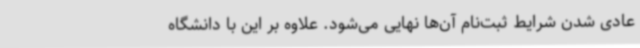
عادی شدن شرایط ثبت‌نام آن‌ها نهایی می‌شود. علاوه بر این با دانشگاه